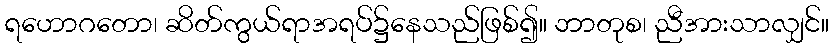
ရဟောဂတော၊ ဆိတ်ကွယ်ရာအရပ်၌နေသည်ဖြစ်၍။ ဘာတုစ၊ ညီအားသာလျှင်။